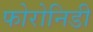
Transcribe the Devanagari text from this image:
फोरोनिडी